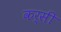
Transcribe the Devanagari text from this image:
कर्सी